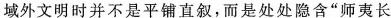
域外文明时并不是平铺直叙，而是处处隐含“师夷长